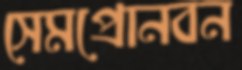
সেমপ্রোনবন